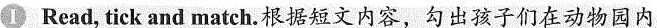
I Read, tick and match.根据短文内容,勾出孩子们在动物园内